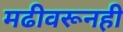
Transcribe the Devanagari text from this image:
मढीवरूनही